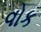
વોક